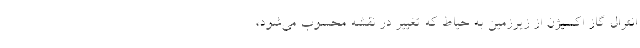
انترال گاز اکسیژن از زیرزمین به حیاط که تغییر در نقشه محسوب می‌شود،